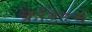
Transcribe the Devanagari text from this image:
क्रेडिटचे